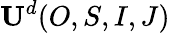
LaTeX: \mathbf{U}^{d}(O,S,I,J)